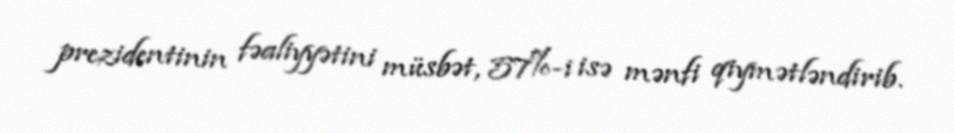
prezidentinin fəaliyyətini müsbət, 57%-i isə mənfi qiymətləndirib.